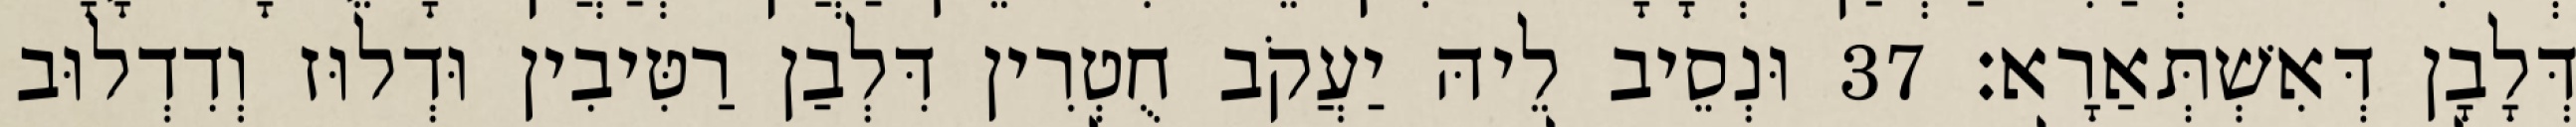
דְּלָבָן דְּאִשְׁתְּאַרָא׃ 37 וּנְסֵיב לֵיהּ יַעֲקֹב חֻטְרִין דִּלְבַן רַטִּיבִין וּדְלוּז וְדִדְלוּב